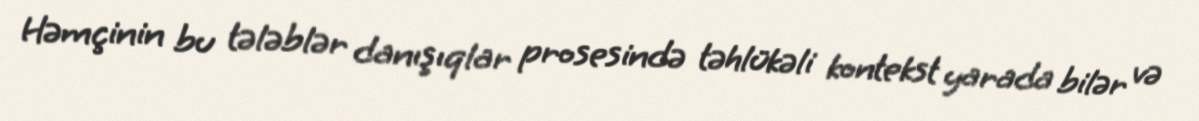
Həmçinin bu tələblər danışıqlar prosesində təhlükəli kontekst yarada bilər və